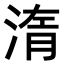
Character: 𣷿